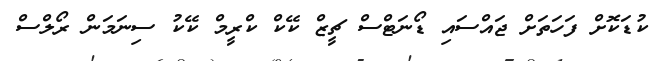
ކުޑަކޮށް ފަހަތަށް ޖައްސައި ޑޯނަޓްސް ޗީޒް ކޭކް ކްރީމް ކޭކު ސިނަމަން ރޯލްސް